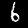
Label: 6